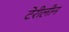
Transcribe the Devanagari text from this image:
टेरीलीन